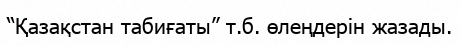
“Қазақстан табиғаты” т.б. өлеңдерін жазады.